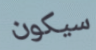
سيكون